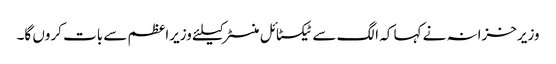
وزیرخزانہ نے کہا کہ الگ سے ٹیکسٹائل منسٹر کیلئے وزیراعظم سے بات کروں گا۔